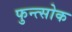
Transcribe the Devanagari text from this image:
फुन्त्सोक